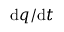
\mathrm { d } q / \mathrm { d } t